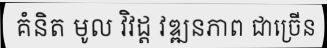
គំនិត មូល វិវដ្ត វឌ្ឍនភាព ជាច្រើន